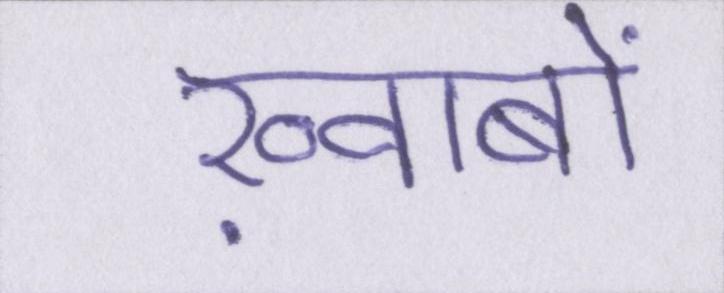
ख़्वाबों